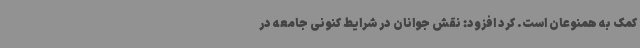
کمک به همنوعان است. کرد افزود: نقش جوانان در شرایط کنونی جامعه در